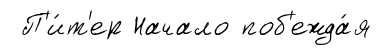
П'и́т'ер Начало поб'ежда́я